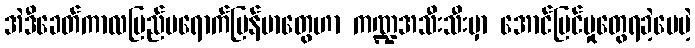
အဲဒီခေတ်ကာလပြည်ပရောက်မြန်မာတွေဟာ ကဏ္ဍအသီးသီးမှာ အောင်မြင်မှုတွေရခဲ့ပေမဲ့